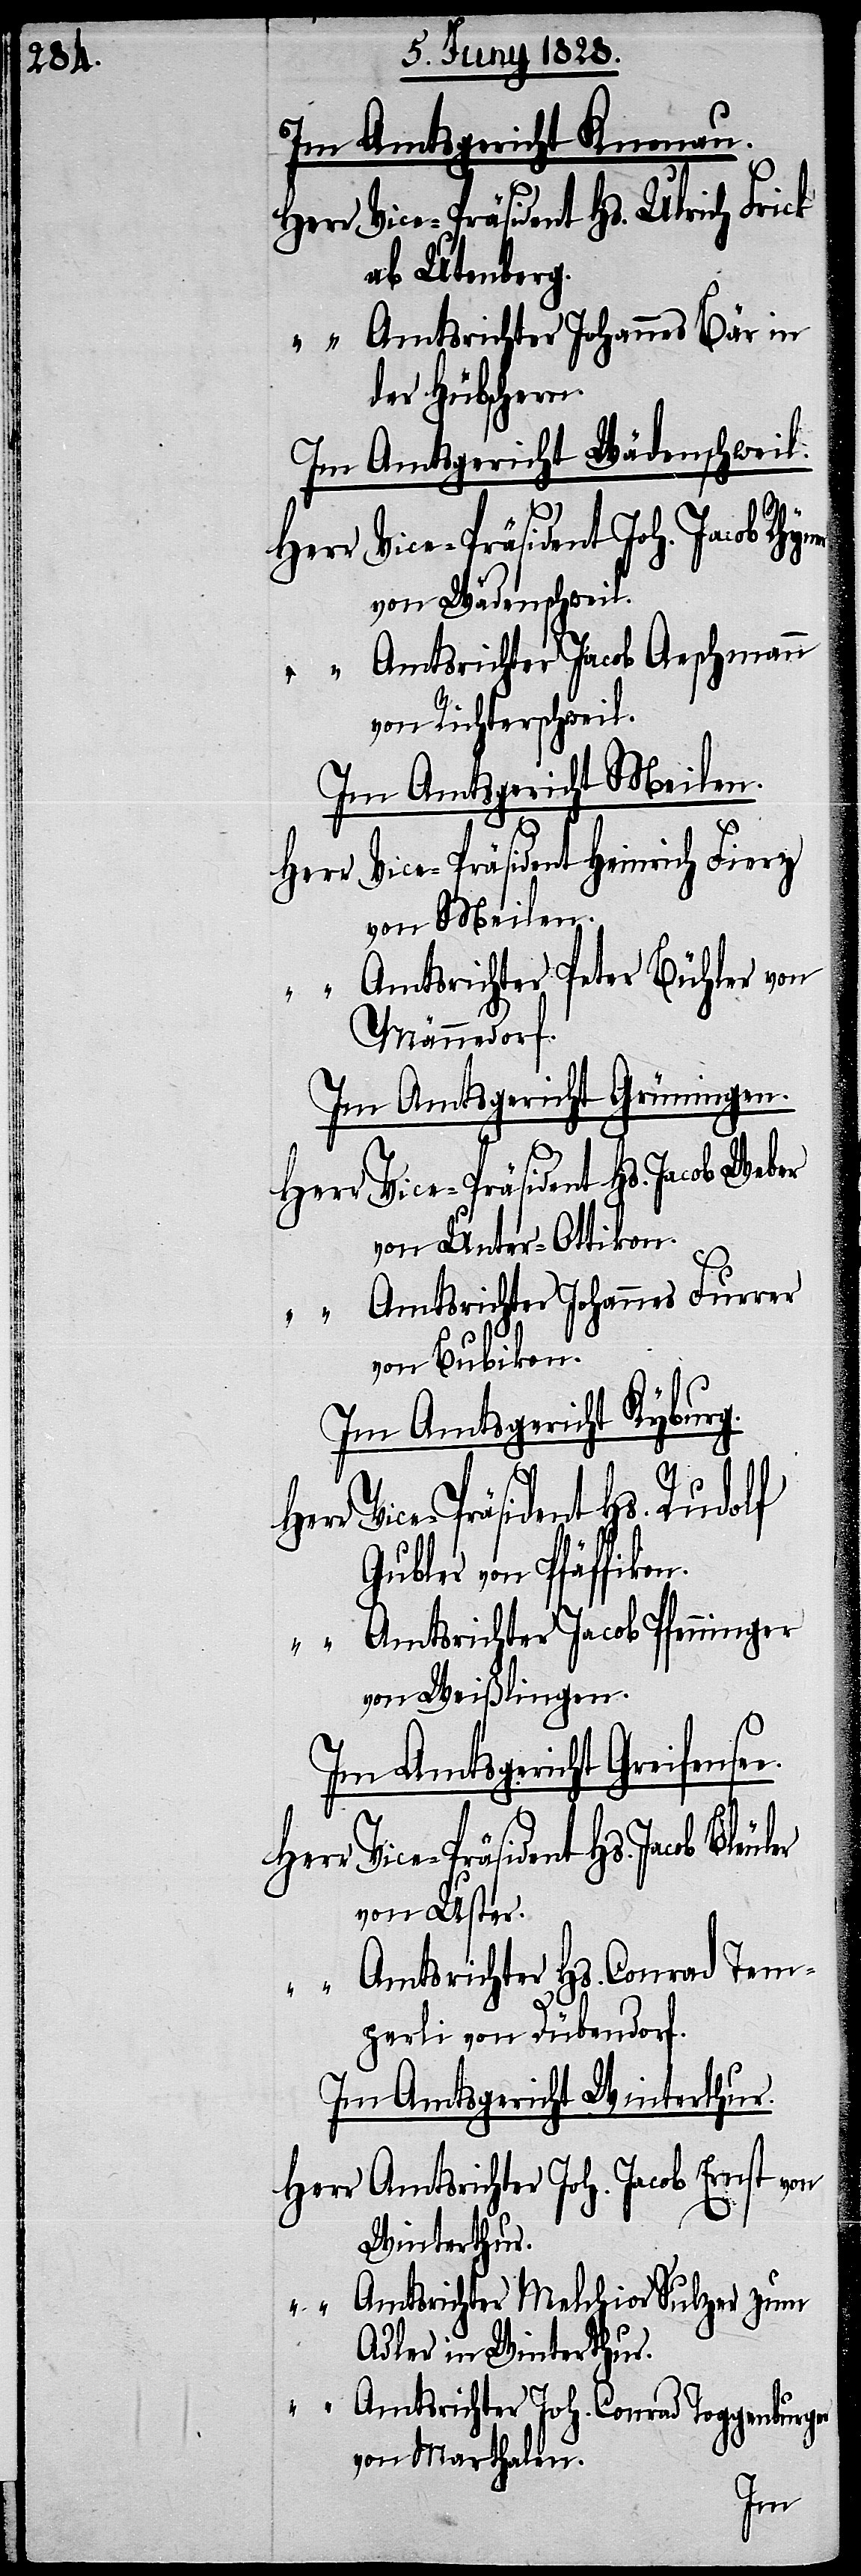
Im Amtsgericht Knonau.
Herr Vice-Präsident Hs. Ulrich Frick
ab Utenberg.
“ Amtsrichter Johannes Bär in
der Hübschern.
Im Amtsgericht Wädenschweil:
Herr Vice-Präsident Hs. Jacob Bleu¬
von Wädenschweil.
“ Amtsrichter Jacob Aeschmann
von Richterschweil.
Im Amtsgericht Meilen.
Herr Vice-Präsident Heinrich Fierz
von Meilen.
“ Amtsrichter Peter Bühler von
Männedorf.
Im Amtsgericht Grüningen.
Herr Vice-Präsident Hs. Jacob Weber
von Unter-Ottikon.
Amtsrichter Johannes Furrer
von Bubikon.
Im Amtsgericht Kyburg.
e.
Herr Vice-Präsident Hs. Rudolf
Gubler von Pfäffikon.
“ Amtsrichter Jacob Pfenninger
von Weißlingen.
Im Amtsgericht Greifense¬
von Uster.
“ Amtsrichter Hs. Conrad Tem¬
perli von Dübendorf.
Im Amtsgericht Winterthur.
Herr Amtsrichter Joh. Jacob Ernst von
Winterthur.
“ Amtsrichter Melchior Sulzer zum
Adler in Winterthur.
“ Amtsrichter Joh. Conrad Toggenburger
von Marthalen.
ler